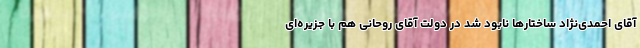
آقای احمدی‌نژاد ساختارها نابود شد در دولت آقای روحانی هم با جزیره‌ای